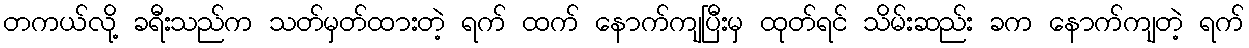
တကယ်လို့ ခရီးသည်က သတ်မှတ်ထားတဲ့ ရက် ထက် နောက်ကျပြီးမှ ထုတ်ရင် သိမ်းဆည်း ခက နောက်ကျတဲ့ ရက်